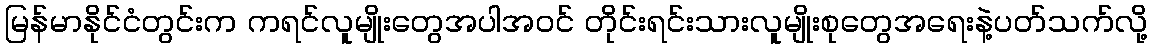
မြန်မာနိုင်ငံတွင်းက ကရင်လူမျိုးတွေအပါအဝင် တိုင်းရင်းသားလူမျိုးစုတွေအရေးနဲ့ပတ်သက်လို့